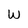
Character: W